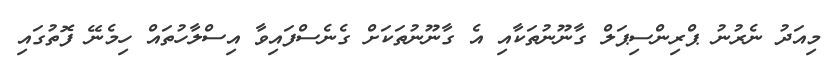
މިއަދު ނެރުނު ޕްރިންސިޕަލް ގާނޫނުތަކާއި އެ ގާނޫނުތަކަށް ގެނެސްފައިވާ އިސްލާހުތައް ހިމެނޭ ފޮތުގައި